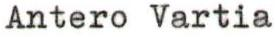
Antero Vartia